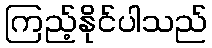
ကြည့်နိုင်ပါသည်